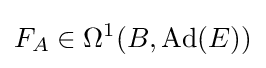
F_{A}\in \Omega ^{1}(B,\operatorname {Ad} (E))